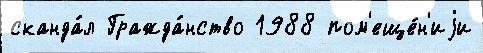
сканда́л Гражда́нство 1988 пом'еще́н'иjи